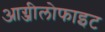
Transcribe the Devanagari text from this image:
आग्जीलोफाइट